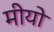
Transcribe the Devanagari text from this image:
मीयो